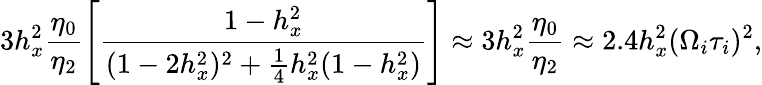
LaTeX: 3h_{x}^{2}\frac{\eta_{0}}{\eta_{2}}\left[\frac{1-h_{x}^{2}}{(1-2h_{x}^{2})^{2}+\frac{1}{4}h_{x}^{2}(1-h_{x}^{2})}\right]\approx 3h_{x}^{2}\frac{\eta_{0}}{\eta_{2}}\approx 2.4h_{x}^{2}(\Omega_{i}\tau_{i})^{2},